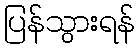
ပြန်သွားရန်